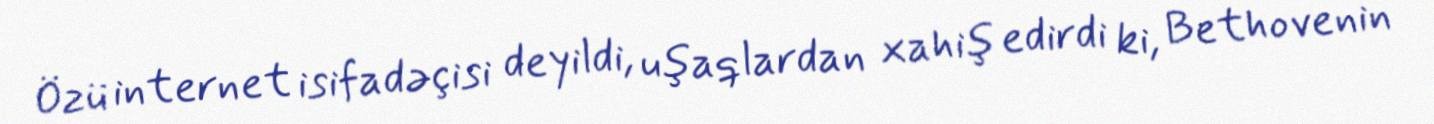
Özü internet isifadəçisi deyildi, uşaqlardan xahiş edirdi ki, Bethovenin